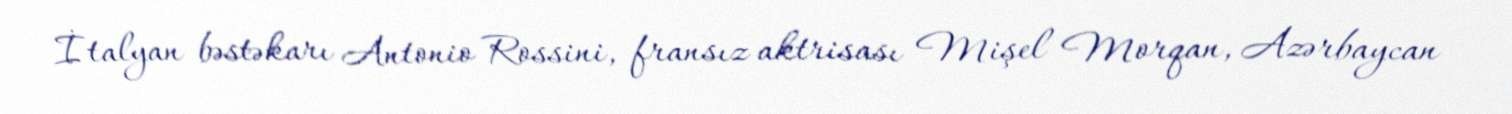
İtalyan bəstəkarı Antonio Rossini, fransız aktrisası Mişel Morqan, Azərbaycan